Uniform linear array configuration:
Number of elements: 32
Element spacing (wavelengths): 0.5
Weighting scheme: uniform
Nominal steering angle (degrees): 60
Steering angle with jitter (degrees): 61.041
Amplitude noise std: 0.05
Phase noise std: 0.05

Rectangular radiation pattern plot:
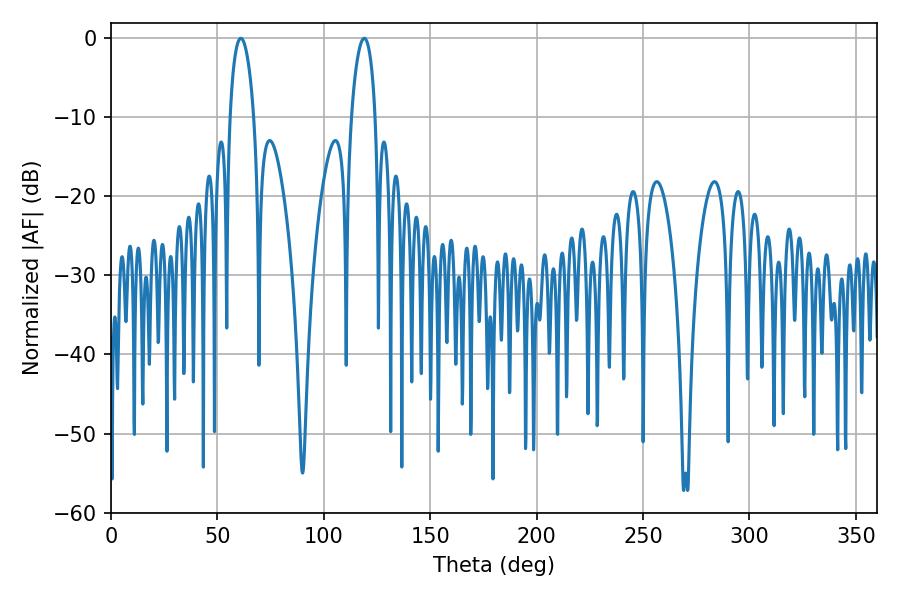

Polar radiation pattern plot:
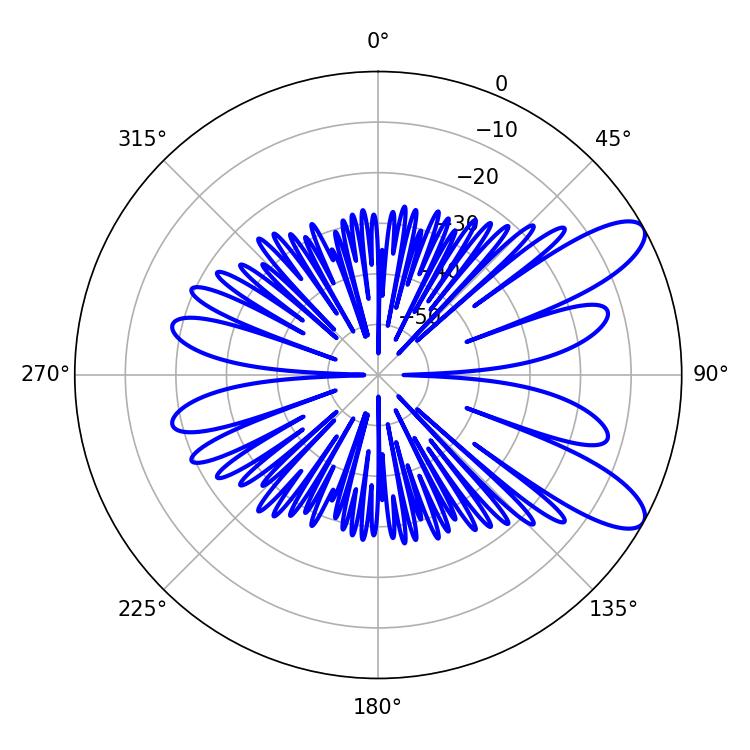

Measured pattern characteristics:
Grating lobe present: FALSE
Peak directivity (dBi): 9.649
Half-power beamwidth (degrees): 6.48
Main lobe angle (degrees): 61.02